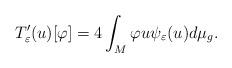
LaTeX: \begin{align*}T_{\varepsilon}'(u)[\varphi]=4\int_{M}\varphi u\psi_{\varepsilon}(u)d\mu_{g}.\end{align*}